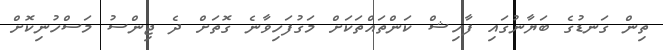
ތިން ގަނޑުގެ ބަޔާނުގައި ފާހިޝް ކަންތައްތަކަށް މަގުފަހިވާނެ ގޮތަށް ދެ ޖިންސު މަސްހުނިކޮށް